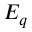
E _ { q }